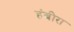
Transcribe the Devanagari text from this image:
हंबीरा